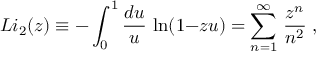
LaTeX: L i _ { 2 } ( z ) \equiv - \int _ { 0 } ^ { 1 } { \frac { d u } { u } } \, \ln ( 1 { - } z u ) = \sum _ { n = 1 } ^ { \infty } \, { \frac { z ^ { n } } { n ^ { 2 } } } \; ,